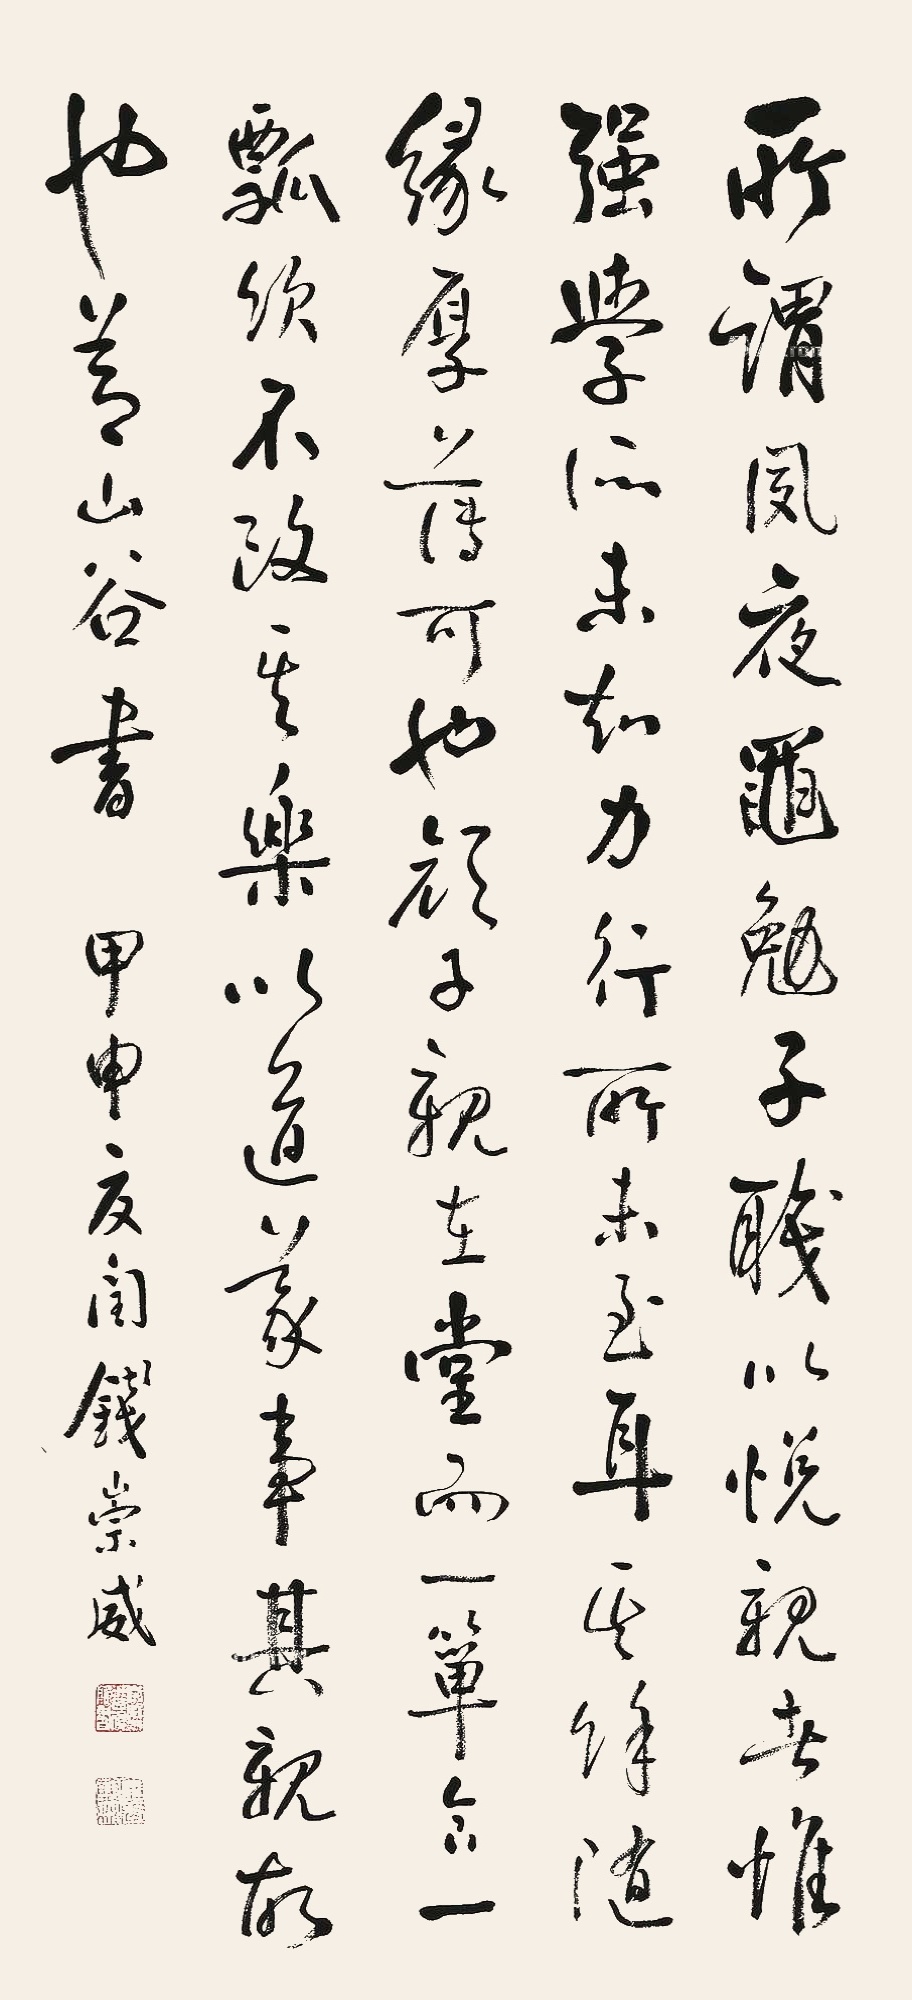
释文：所谓夙夜黾勉子，职以悦亲者惟强，学所未知力行，所未至耳，其余随缘，厚薄可也，颜子亲在堂，而一箪食，一瓢饮，不改其乐，以道义事，其亲故也，节山谷书。甲申夏闰，钱崇威。